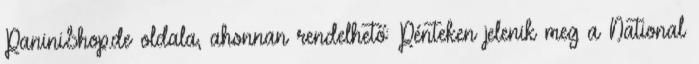
PaniniShop.de oldala, ahonnan rendelhető: Pénteken jelenik meg a National